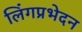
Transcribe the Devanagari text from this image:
लिंगप्रभेदन